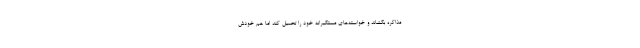
مذاکره بکشاند و خواسته‌های مستکبرانه خود را تحمیل کند اما هم خودش